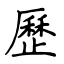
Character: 歷